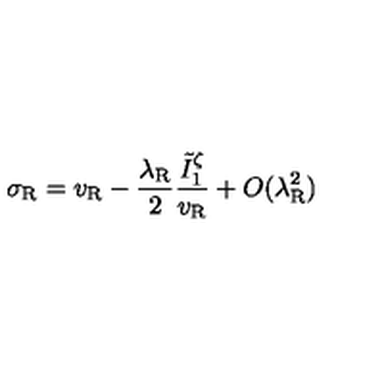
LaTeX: \sigma _ { \mathrm { R } } = v _ { \mathrm { R } } - \frac { \lambda _ { \mathrm { R } } } { 2 } \frac { \tilde { I } _ { 1 } ^ { \zeta } } { v _ { \mathrm { R } } } + O ( \lambda _ { \mathrm { R } } ^ { 2 } )